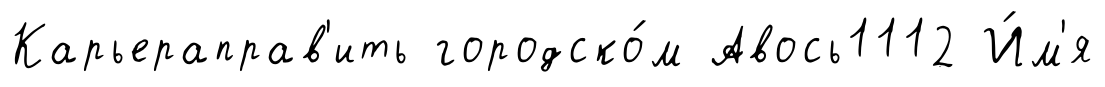
Карьераправ'ить городско́м Авось1112 И́м'я